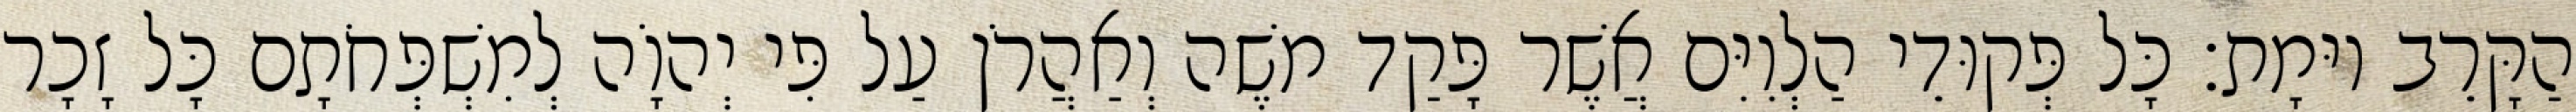
הַקָּרֵב יוּמָת׃ כָּל פְּקוּדֵי הַלְוִיִּם אֲשֶׁר פָּקַד משֶׁה וְאַהֲרֹן עַל פִּי יְהוָֹה לְמִשְׁפְּחֹתָם כָּל זָכָר